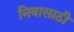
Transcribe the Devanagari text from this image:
निवासाठी